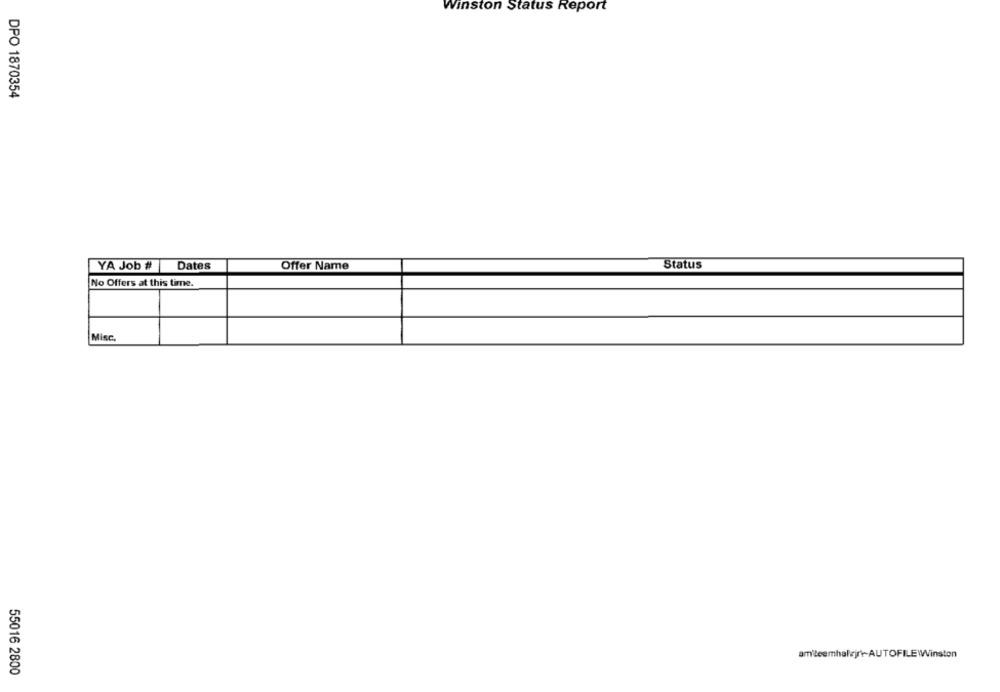
Winston Status Report
DPO 1870354
YA Job #
Dates
Offer Name
Status
No Offers at this time.
Misc.
amiteemhalejre-AUTOFILE Winston
55016 2800